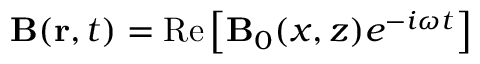
{ \bf B } ( { \bf r } , t ) = \mathrm { R e } \left[ { \bf B } _ { 0 } ( x , z ) e ^ { - i \omega t } \right]